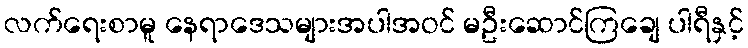
လက်ရေးစာမူ နေရာဒေသများအပါအဝင် မဦးဆောင်ကြချေ ပါရီနှင့်